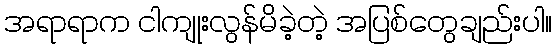
အရာရာက ငါကျုးလွန်မိခဲ့တဲ့ အပြစ်တွေချည်းပါ။